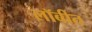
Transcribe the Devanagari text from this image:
लॉबीत